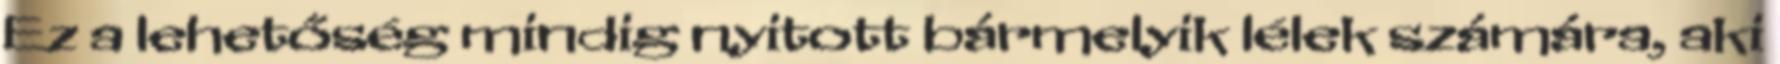
Ez a lehetőség mindig nyitott bármelyik lélek számára, aki